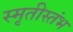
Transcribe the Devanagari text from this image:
स्मृतीस्तंभ